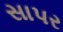
સાપર